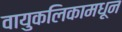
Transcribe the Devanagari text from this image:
वायुकलिकामधून